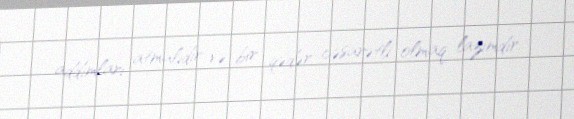
addımları atmalıdır və bir qədər cəsarətli olmaq lazımdır.